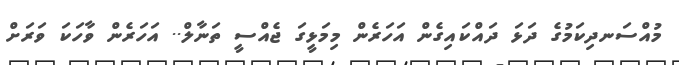
މުއްސަނދިކަމުގެ ދަޅަ ދައްކައިގެން އަހަރެން މިމަޅީގަ ޖެއްސީ ތަނާލް.. އަހަރެން ވާހަކަ ވަރަށް